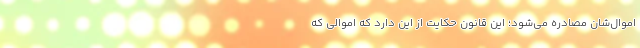
اموال‌شان مصادره می‌شود؛ این قانون حکایت از این دارد که اموالی که